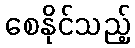
စေနိုင်သည့်